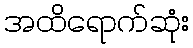
အထိရောက်ဆုံး